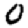
Digit: 0